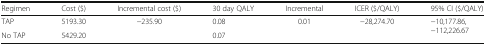
<table><thead><tr><td><b>Regimen</b></td><td><b>Cost ($)</b></td><td><b>Incremental cost ($)</b></td><td><b>30 day QALY</b></td><td><b>Incremental</b></td><td><b>ICER ($/QALY)</b></td><td><b>95% CI ($/QALY)</b></td></tr></thead><tbody><tr><td>TAP</td><td>5193.30</td><td rowspan="2">−235.90</td><td>0.08</td><td rowspan="2">0.01</td><td rowspan="2">−28,274.70</td><td rowspan="2">−10,177.86,−112,226.67</td></tr><tr><td>No TAP</td><td>5429.20</td><td>0.07</td></tr></tbody></table>